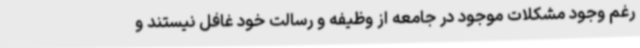
رغم وجود مشکلات موجود در جامعه از وظیفه و رسالت خود غافل نیستند و